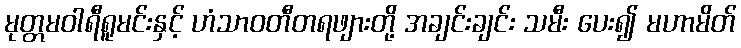
မုတ္တမဝါရီရူမင်းနှင့် ဟံသာဝတီတရဖျားတို့ အချင်းချင်း သမီး ပေး၍ မဟာမိတ်